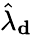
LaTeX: \hat{\lambda}_{\mathbf d}